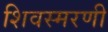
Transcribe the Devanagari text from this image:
शिवस्मरणी